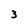
Character: 3